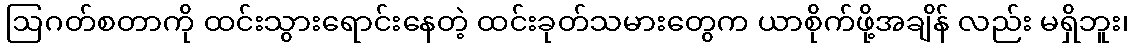
ဩဂတ်စတာကို ထင်းသွားရောင်းနေတဲ့ ထင်းခုတ်သမားတွေက ယာစိုက်ဖို့အချိန် လည်း မရှိဘူး၊